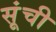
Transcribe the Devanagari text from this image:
सूंची